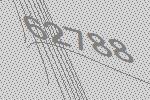
62788